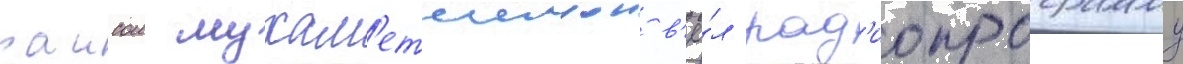
раисои мухам'етшинои в'ё́л рад'иопрограмму